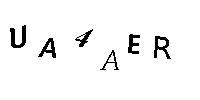
UA4AER